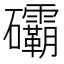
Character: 䃻